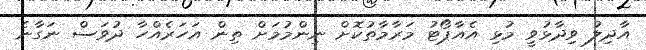
އާދިލު ވިދާޅުވީ މުޅި އެއާޕޯޓު މަރާމާތުކޮށް ނިންމުމަށް ތިން އަހަރެއްހާ ދުވަސް ނަގާނެ